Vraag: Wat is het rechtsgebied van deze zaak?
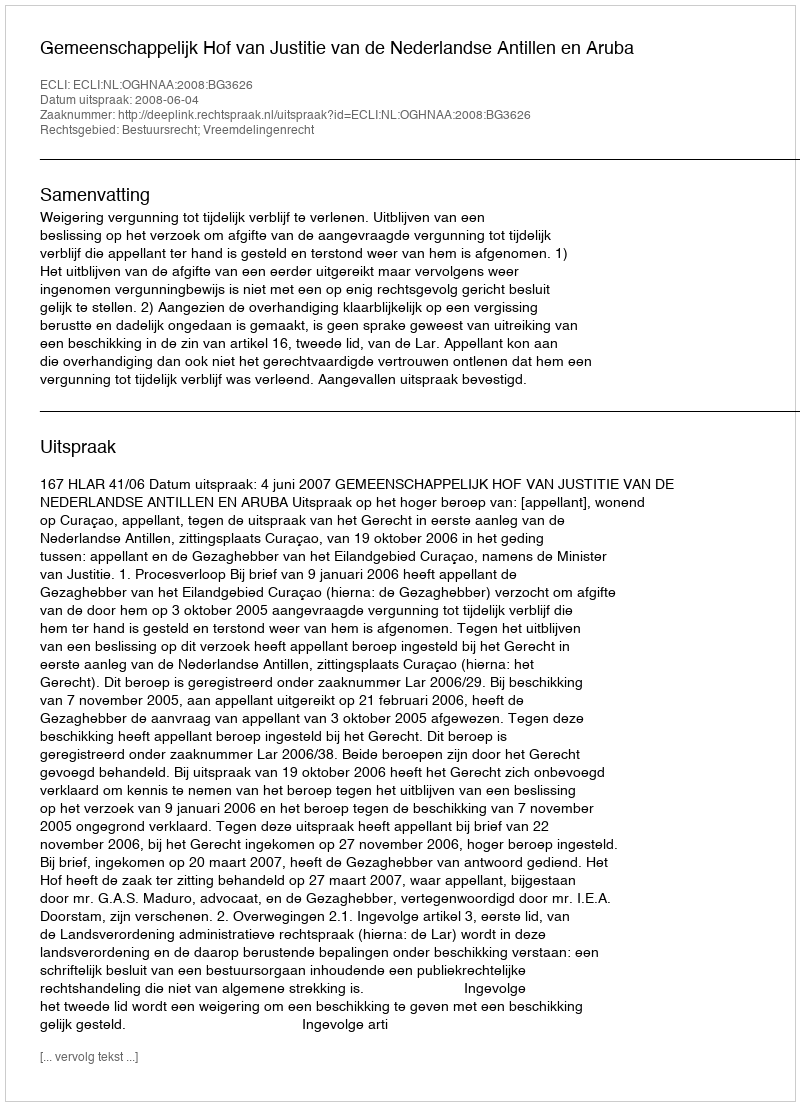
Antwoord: Bestuursrecht; Vreemdelingenrecht